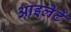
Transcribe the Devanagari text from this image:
आइलेटें